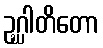
ဥဂ္ဃါတိတော